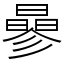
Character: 曑